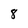
Character: 8